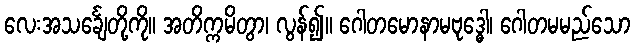
လေးအသင်္ချေတို့ကို။ အတိက္ကမိတွာ၊ လွန်၍။ ဂေါတမောနာမဗုဒ္ဓေါ၊ ဂေါတမမည်သော